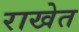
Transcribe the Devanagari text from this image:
राखेत